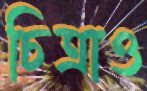
চিত্রাও